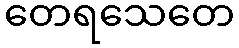
တေရသေတေ